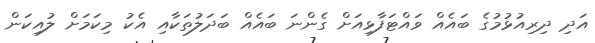
އަދި ދިރިއުޅުމުގެ ބައެއް ވައްޓަފާޅިއަށް ގެންނަ ބައެއް ބަދަލުތަކާއި އެކު މިކަމަށް ލުއިކަން